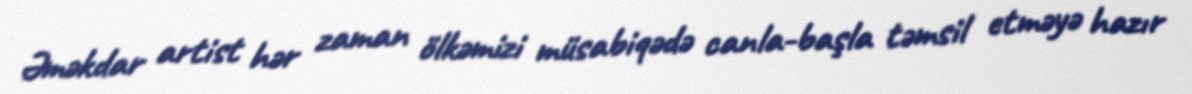
Əməkdar artist hər zaman ölkəmizi müsabiqədə canla-başla təmsil etməyə hazır